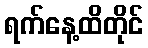
ရက်နေ့ထိတိုင်